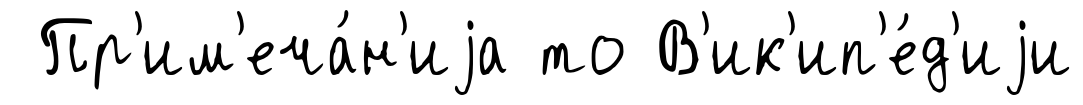
Пр'им'еча́н'иjа то В'ик'ип'е́д'иjи